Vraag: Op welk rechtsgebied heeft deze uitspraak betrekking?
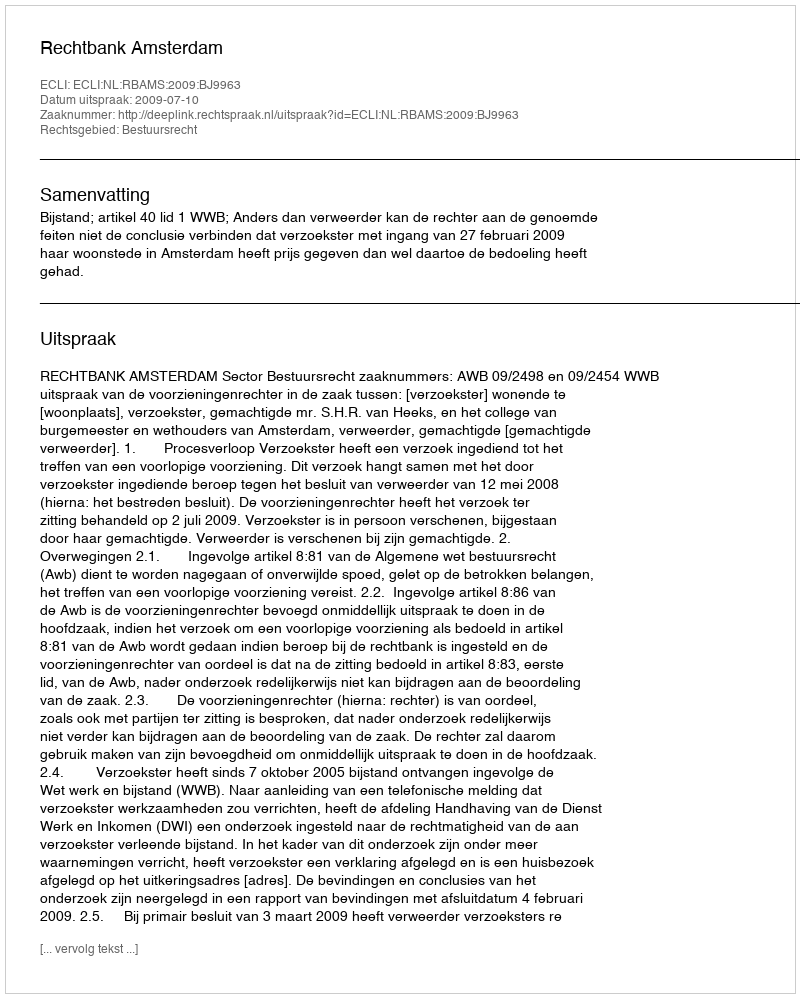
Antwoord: Bestuursrecht